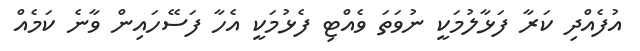
އުފެއްދި ކަރާ ފަޅާލުމަކީ ނުވަތަ ވެއްޓި ފެޅުމަކީ އެހާ ފަސޭހައިން ވާނެ ކަމެއް